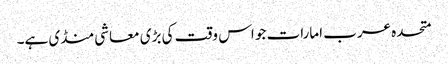
متحدہ عرب امارات جو اس وقت کی بڑی معاشی منڈی ہے۔